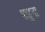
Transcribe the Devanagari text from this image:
पाहुना